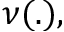
\nu ( . ) ,